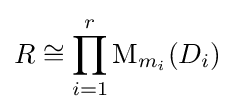
R\cong \prod _{i=1}^{r}\operatorname {M} _{m_{i}}(D_{i})